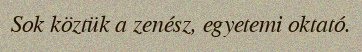
Sok köztük a zenész, egyetemi oktató.